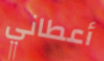
أعطاني